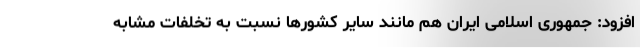
افزود: جمهوری اسلامی ایران هم مانند سایر کشورها نسبت به تخلفات مشابه